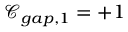
\mathcal { C } _ { g a p , 1 } = + 1